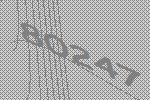
80247